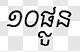
១០ផ្លូន